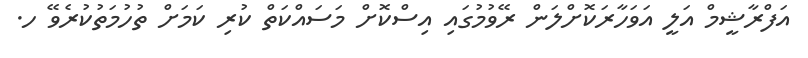
އަފްރާޝީމް އަލީ އަވަހާރަކޮށްލަން ރޭވުމުގައި އިސްކޮށް މަސައްކަތް ކުރި ކަމަށް ތުހުމަތުކުރެވޭ ހ.